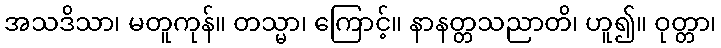
အသဒိသာ၊ မတူကုန်။ တသ္မာ၊ ကြောင့်။ နာနတ္တသညာတိ၊ ဟူ၍။ ဝုတ္တာ၊